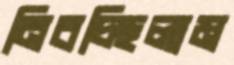
নিবচ্ছিলাম